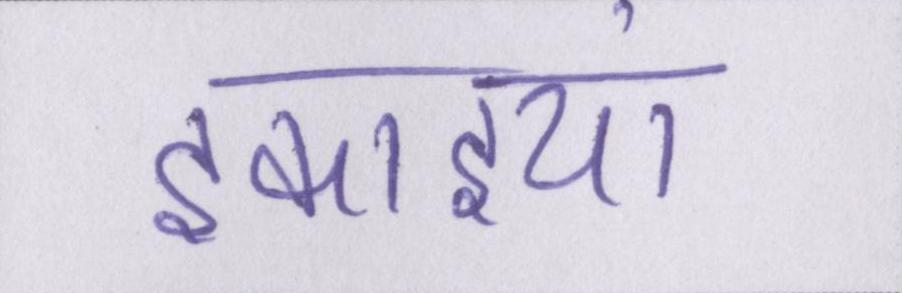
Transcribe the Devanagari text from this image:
इकाइयां